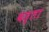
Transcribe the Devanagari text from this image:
बड्ता